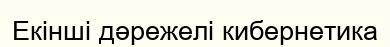
Екінші дәрежелі кибернетика